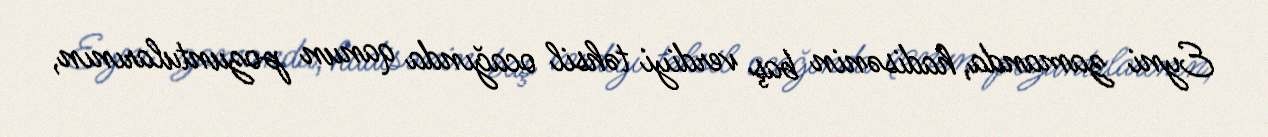
Eyni zamanda, hadisənin baş verdiyi təhsil ocağında qanun pozuntularının,